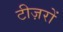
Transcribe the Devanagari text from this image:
टीज़रों